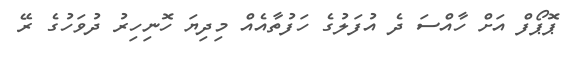
ޕޮޕޯފް އަށް ހާއްސަ ދެ އުފަލުގެ ހަފުތާއެއް މިދިޔަ ހޮނިހިރު ދުވަހުގެ ރޭ